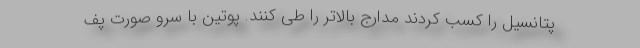
پتانسیل را کسب کردند مدارج بالاتر را طی کنند. پوتین با سرو صورت پف